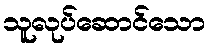
သူလုပ်ဆောင်သော